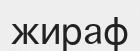
жираф